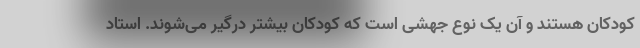
کودکان هستند و آن یک نوع جهشی است که کودکان بیشتر درگیر می‌شوند. استاد